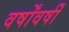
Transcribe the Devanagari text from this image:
वर्षोंवर्षीं